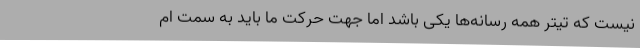
نیست که تیتر همه رسانه‌ها یکی باشد اما جهت حرکت ما باید به سمت ام